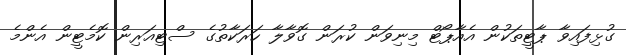
ގުޅިފައިވާ ޕާޓީތަކުން އެއާޕޯޓް މިނިވަން ކުރަން ގޮވާލާ ހަރަކާތުގެ ސްޓިއަރިން ކޮމެޓީން އެންމެ